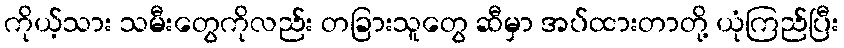
ကိုယ့်သား သမီးတွေကိုလည်း တခြားသူတွေ ဆီမှာ အပ်ထားတာတို့ ယုံကြည်ပြီး